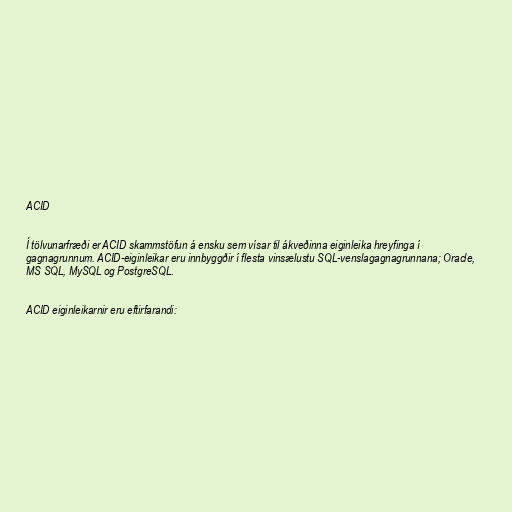
ACID

Í tölvunarfræði er ACID skammstöfun á ensku sem vísar til ákveðinna eiginleika hreyfinga í
gagnagrunnum. ACID-eiginleikar eru innbyggðir í flesta vinsælustu SQL-venslagagnagrunnana; Oracle,
MS SQL, MySQL og PostgreSQL.

ACID eiginleikarnir eru eftirfarandi: